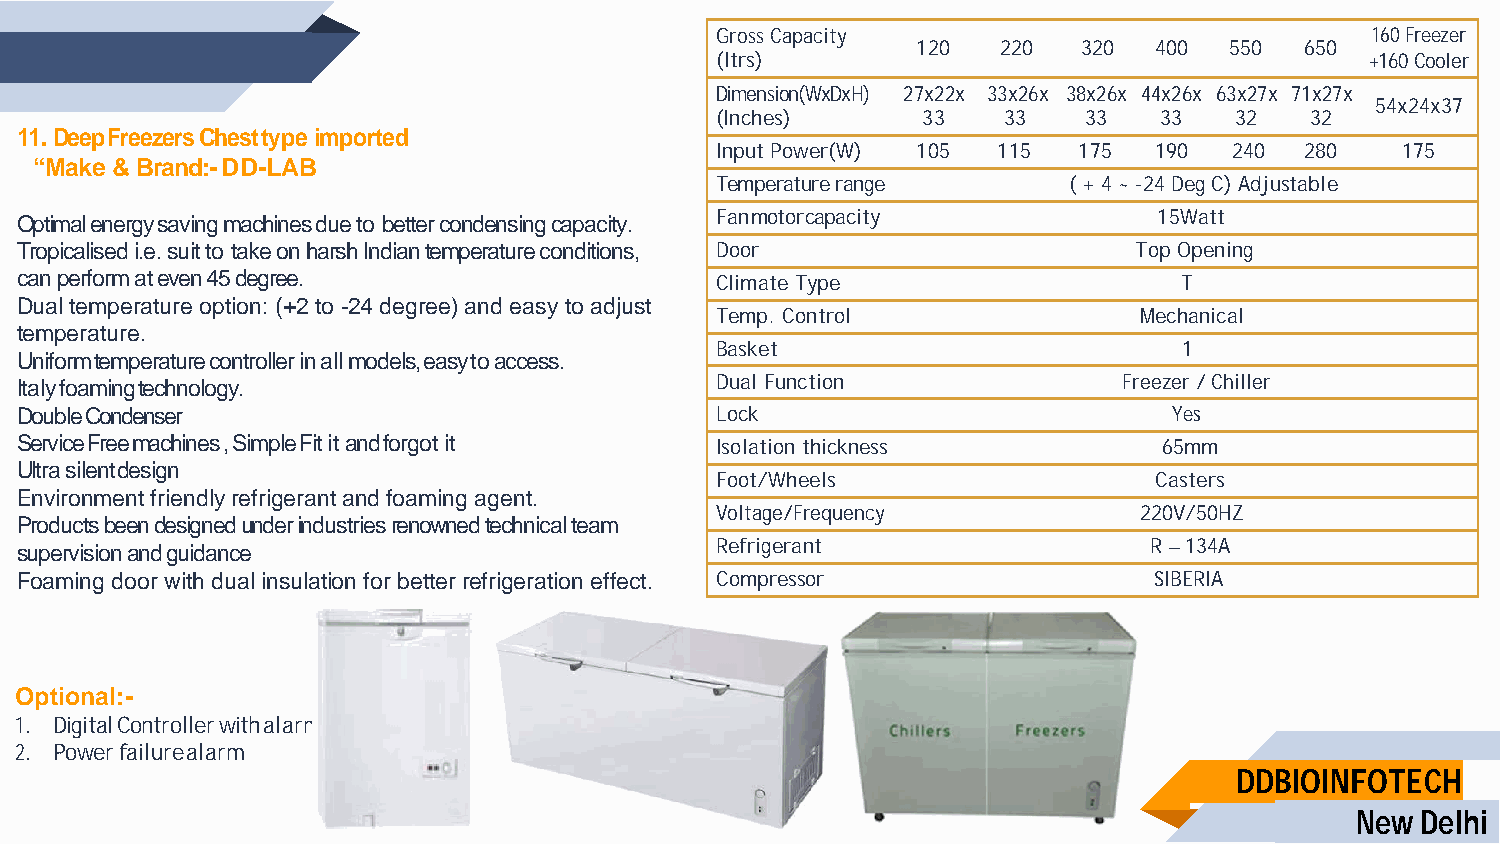
Gross Capacity                              160 Freezer
 120  220   320 400  550  650
 (ltrs)                                      +160 Cooler
 Dimension(WxDxH) 27x22x 33x26x 38x26x 44x26x 63x27x 71x27x
 54x24x37
 (Inches)      33   33    33   33   32   32
 11. Deep Freezers Chest type imported
 Input Power(W) 105 115  175  190   240 280    175
 “Make & Brand:- DD-LAB
 Temperature range       ( + 4 ~ -24 Deg C) Adjustable
 Fan motor capacity            15Watt
 Optimal energy saving machines due to better condensing capacity.
 Tropicalised i.e. suit to take on harsh Indian temperature conditions, Door Top Opening
 can perform at even 45 degree.                Climate Type                   T
 Dual temperature option: (+2 to -24 degree) and easy to adjust
 Temp. Control               Mechanical
 temperature.
 Basket                         1
 Uniform temperature controller in all models, easy to access.
 Italy foaming technology.                     Dual Function              Freezer / Chiller
 Double Condenser                              Lock                           Yes
 Service Free machines , Simple Fit it and forgot it Isolation thickness     65mm
 Ultra silent design
 Foot/Wheels                   Casters
 Environment friendly refrigerant and foaming agent.
 Voltage/Frequency           220V/50HZ
 Products been designed under industries renowned technical team
 supervision and guidance                      Refrigerant                  R – 134A
 Foaming door with dual insulation for better refrigeration effect. Compressor SIBERIA
 Optional:-
 1. Digital Controller with alarm
 2. Power failure alarm
 DDBIOINFOTECH
 New Delhi